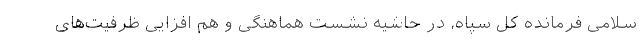
سلامی فرمانده کل سپاه، در حاشیه نشست هماهنگی و هم افزایی ظرفیت‌های